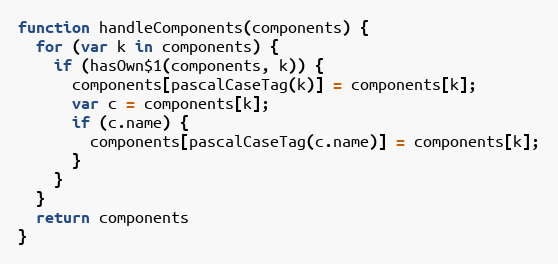
Language: JavaScript
function handleComponents(components) {
  for (var k in components) {
    if (hasOwn$1(components, k)) {
      components[pascalCaseTag(k)] = components[k];
      var c = components[k];
      if (c.name) {
        components[pascalCaseTag(c.name)] = components[k];
      }
    }
  }
  return components
}